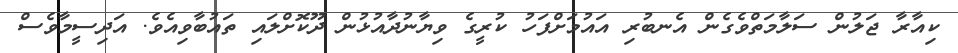
ކިއާރާ ޖަލުން ސަލާމަތްވެގެން އެނބުރި އައުމަށްފަހު ކުރީގެ ވިޔާނުދާއުޅުން ދޫކޮށްލައި ތައުބާވިއެވެ. އަދިސީމާވެސް